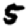
Digit: 5